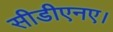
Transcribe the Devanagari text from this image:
सीडीएनए।